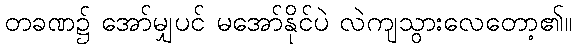
တခဏ၌ အော်မျှပင် မအော်နိုင်ပဲ လဲကျသွားလေတော့၏။